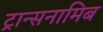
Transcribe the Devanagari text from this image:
ट्रान्सनामिब